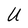
Character: U